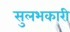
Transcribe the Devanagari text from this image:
सुलभकारी